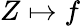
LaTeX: Z\mapsto f